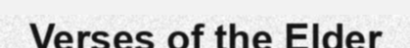
Verses of the Elder